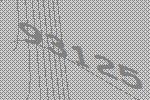
93125